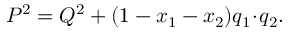
{ \cal P } ^ { 2 } = { \cal Q } ^ { 2 } + ( 1 - x _ { 1 } - x _ { 2 } ) q _ { 1 } \! \cdot \! q _ { 2 } .